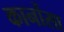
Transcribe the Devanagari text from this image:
कार्नोसा